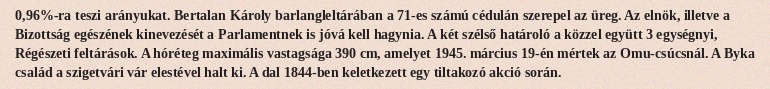
0,96%-ra teszi arányukat. Bertalan Károly barlangleltárában a 71-es számú cédulán szerepel az üreg. Az elnök, illetve a Bizottság egészének kinevezését a Parlamentnek is jóvá kell hagynia. A két szélső határoló a közzel együtt 3 egységnyi, Régészeti feltárások. A hóréteg maximális vastagsága 390 cm, amelyet 1945. március 19-én mértek az Omu-csúcsnál. A Byka család a szigetvári vár elestével halt ki. A dal 1844-ben keletkezett egy tiltakozó akció során.